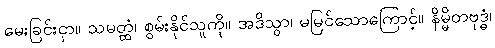
မေးခြင်းငှာ။ သမတ္ထံ၊ စွမ်းနိုင်သူကို။ အဒိသွာ၊ မမြင်သောကြောင့်။ နိမ္မိတဗုဒ္ဓံ၊